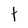
Character: t